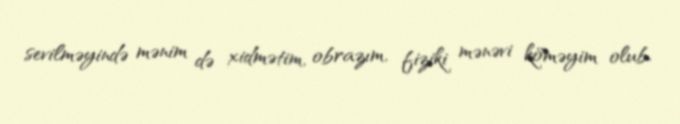
sevilməyində mənim də xidmətim, obrazım, fiziki mənəvi köməyim olub.